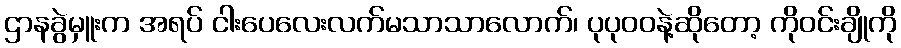
ဌာနခွဲမှူးက အရပ် ငါးပေလေးလက်မသာသာလောက်၊ ပုပုဝဝနဲ့ဆိုတော့ ကိုဝင်းချိုကို